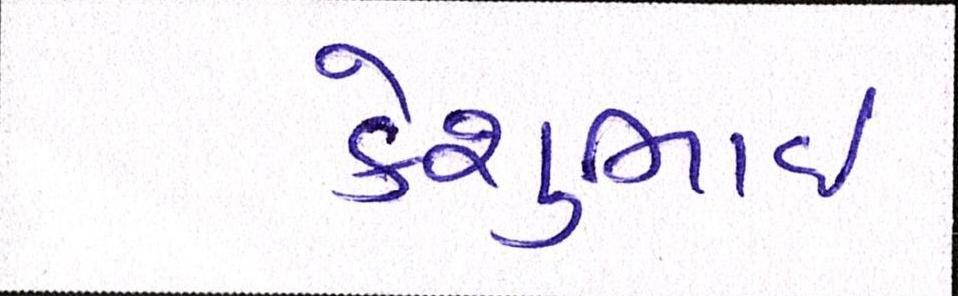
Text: કેશુભાઈ